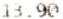
13.90